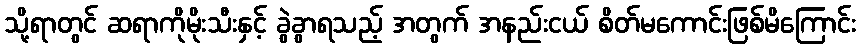
သို့ရာတွင် ဆရာကိုမိုးသီးနှင့် ခွဲခွာရသည့် အတွက် အနည်းငယ် စိတ်မကောင်းဖြစ်မိကြောင်း